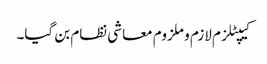
کیپٹلزم لازم و ملزوم معاشی نظام بن گیا۔